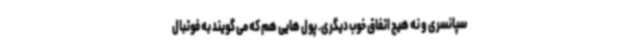
سپانسری و نه هیچ اتفاق خوب دیگری. پول هایی هم که می گویند به فوتبال